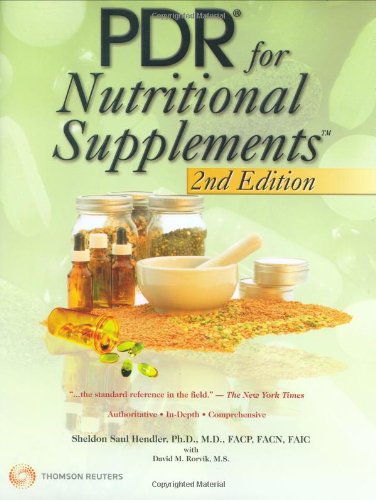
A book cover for PDR for Nutritional Supplements; Sheldon Saul Hendler; Medical Books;